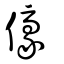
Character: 儫